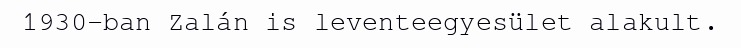
1930-ban Zalán is leventeegyesület alakult.